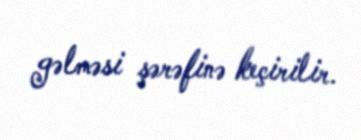
gəlməsi şərəfinə keçirilir.